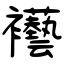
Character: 襼